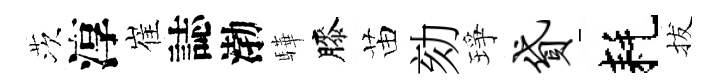
茨淳崔誌渤驊膝苗劾琤贷耗拔